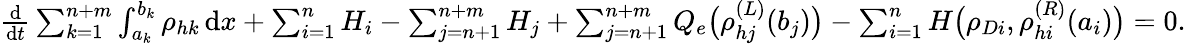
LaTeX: \begin{array}{r}{\frac{\mathrm{d}}{\mathrm{d}t}\sum_{k=1}^{n+m}\int_{a_{k}}^{b_{k}}\rho_{hk}\, \mathrm{d}x+\sum_{i=1}^{n}H_{i}-\sum_{j=n+1}^{n+m}H_{j}+\sum_{j=n+1}^{n+m}Q_{e}\big(\rho_{hj}^{(L)}(b_{j})\big)-\sum_{i=1}^{n}H\big(\rho_{Di},\rho_{hi}^{(R)}(a_{i})\big)=0.}\end{array}